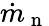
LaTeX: \dot{m}_{\mathrm{~n~}}